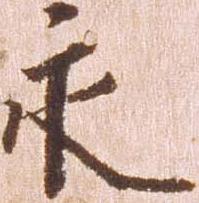
永